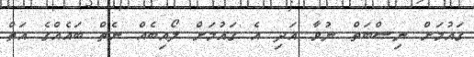
ގައުމަށް ނިސްބަތް ނުވާ އަދި އެ ގައުމަށް ލޯއިބެއް ނެތް ބައެއްގެ އަތް